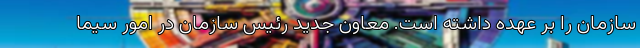
سازمان را بر عهده داشته است. معاون جدید رئیس سازمان در امور سیما